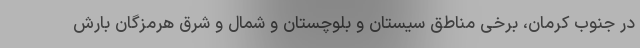
در جنوب کرمان، برخی مناطق سیستان و بلوچستان و شمال و شرق هرمزگان بارش